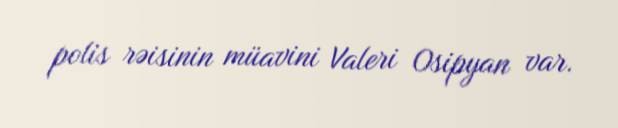
polis rəisinin müavini Valeri Osipyan var.